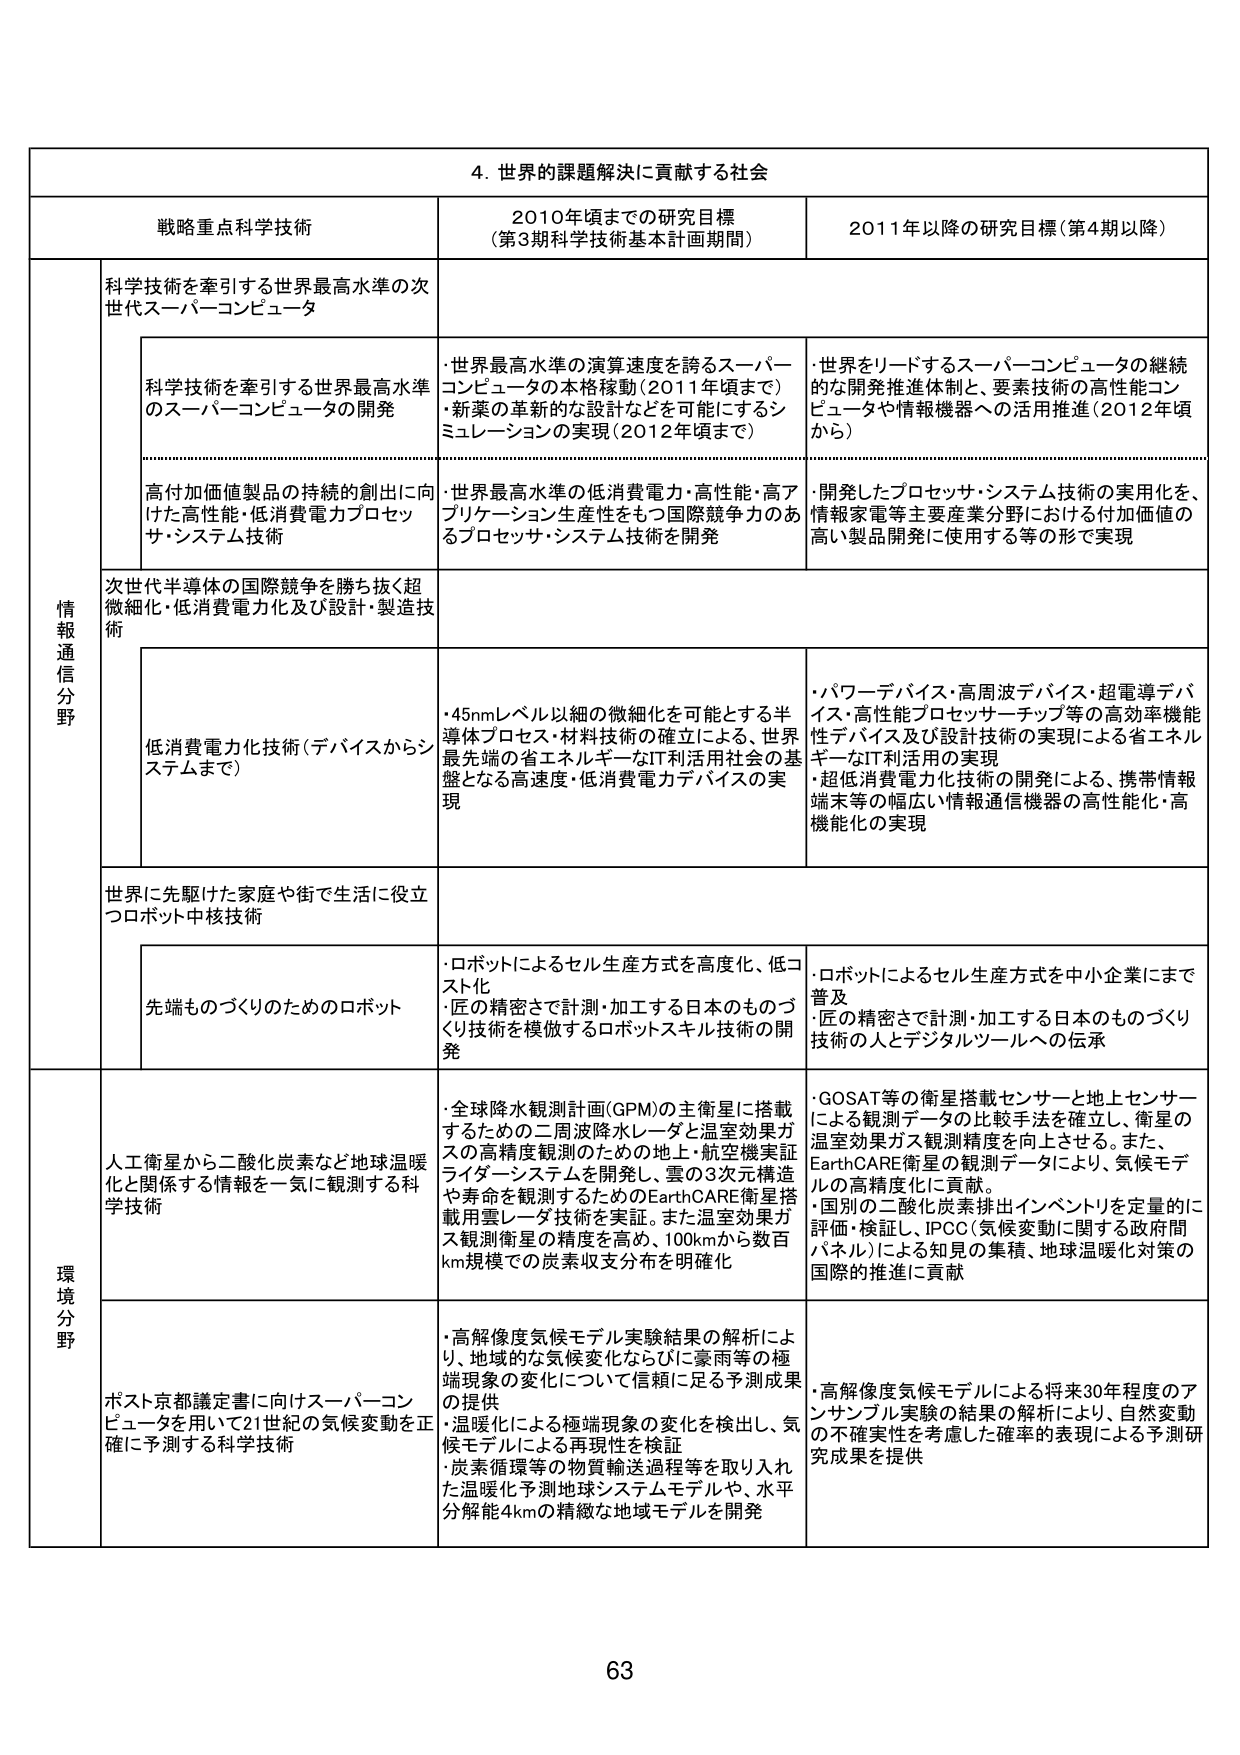
4. 世界の課題解決に貢献する社会

戦略重点科学技術 2010年頃までの研究目標 （第3期科学技術基本計画期間） 2011年以降の研究目標（第4期以降）

情報通信分野

科学技術を牽引する世界最高水準の次世代スーパーコンピュータ

科学技術を牽引する世界最高水準のスーパーコンピュータの開発
・世界最高水準の演算速度を誇るスーパーコンピュータの本格稼動（2011年頃まで）
・新薬の革新的な設計などを可能にするシミュレーションの実現（2012年頃まで）

・世界をリードするスーパーコンピュータの継続的な開発推進体制と、要素技術の高性能コンピュータや情報機器への活用推進（2012年頃から）

高付加価値製品の持続的創出に向けた高性能・低消費電力プロセッサ・システム技術
・世界最高水準の低消費電力・高性能・高アプリケーション生産性をもつ国際競争力のあるプロセッサ・システム技術を開発

・開発したプロセッサ・システム技術の実用化を、情報家電等主要産業分野における付加価値の高い製品開発に使用する等の形で実現

次世代半導体の国際競争を勝ち抜く超微細化・低消費電力化及び設計・製造技術

低消費電力化技術（デバイスからシステムまで）
・45nmレベル以細の微細化を可能とする半導体プロセス・材料技術の確立による、世界最先端の省エネルギーなIT利活用社会の基盤となる高速度・低消費電力デバイスの実現

・パワーデバイス・高周波デバイス・超電導デバイス・高性能プロセッサチップ等の高効率機能性デバイス及び設計技術の実現による省エネルギーなIT利活用の実現
・超低消費電力化技術の開発による、携帯情報端末等の幅広い情報通信機器の高性能化・高機能化の実現

世界に先駆けた家庭や街で生活に役立つロボット中核技術

先端ものづくりのためのロボット
・ロボットによるセル生産方式を高度化、低コスト化
・匠の精密さで計測・加工する日本のものづくり技術を模倣するロボットスキル技術の開発

・ロボットによるセル生産方式を中小企業にまで普及
・匠の精密さで計測・加工する日本のものづくり技術の人とデジタルツールへの伝承

環境分野

人工衛星から二酸化炭素など地球温暖化と関係する情報を一気に観測する科学技術
・全球降水観測計画（GPM）の主衛星に搭載するための二周波降水レーダと温室効果ガスの高精度観測のための地上・航空機実証ライダーシステムを開発し、雲の3次元構造や寿命を観測するためのEarthCARE衛星搭載用雲レーダ技術を実証。また温室効果ガス観測衛星の精度を高め、100kmから数百km規模での炭素収支分布を明確化

・GOSAT等の衛星搭載センサーと地上センサーによる観測データの比較手法を確立し、衛星の温室効果ガス観測精度を向上させる。また、EarthCARE衛星の観測データにより、気候モデルの高精度化に貢献。
・国別の二酸化炭素排出インベントリを定量的に評価・検証し、IPCC（気候変動に関する政府間パネル）による知見の集積、地球温暖化対策の国際的推進に貢献

ポスト京都議定書に向けスーパーコンピュータを用いて21世紀の気候変動を正確に予測する科学技術
・高解像度気候モデル実験結果の解析により、地域的な気候変化ならびに豪雨等の極端現象の変化について信頼に足る予測成果の提供
・温暖化による極端現象の変化を検出し、気候モデルによる再現性を検証
・炭素循環等の物質輸送過程等を取り入れた温暖化予測地球システムモデルや、水平分解能4kmの精緻な地域モデルを開発

・高解像度気候モデルによる将来30年程度のアンサンブル実験の結果の解析により、自然変動の不確実性を考慮した確率的表現による予測研究成果を提供

63